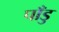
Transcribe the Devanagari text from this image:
पाँडु